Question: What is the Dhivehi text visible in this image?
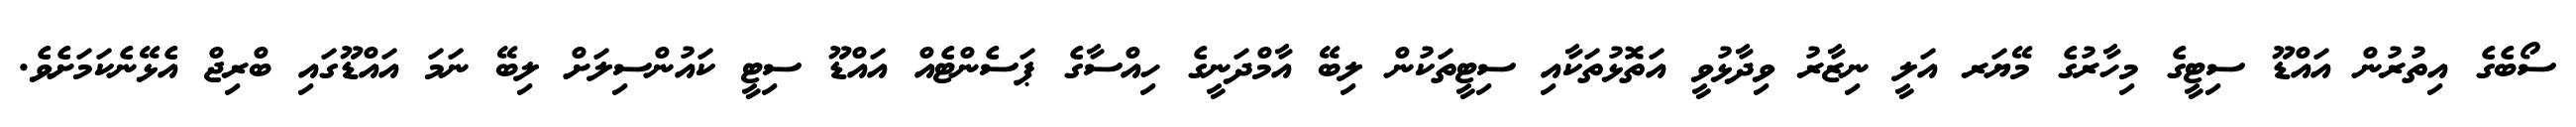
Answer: ސޯބެގެ އިތުރުން އައްޑޫ ސިޓީގެ މިހާރުގެ މޭޔަރ އަލީ ނިޒާރު ވިދާޅުވީ އަތޮޅުތަކާއި ސިޓީތަކުން ލިބޭ އާމްދަނީގެ ހިއްސާގެ ޕަސެންޓެއް އައްޑޫ ސިޓީ ކައުންސިލަށް ލިބޭ ނަމަ އައްޑޫގައި ބްރިޖް އެޅޭނެކަމަށެވެ.